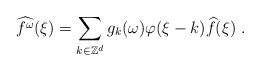
LaTeX: \begin{align*}\widehat{f^\omega}(\xi) = \sum_{k\in \mathbb{Z}^d} g_k(\omega) \varphi(\xi-k) \widehat{f}(\xi)~. \end{align*}